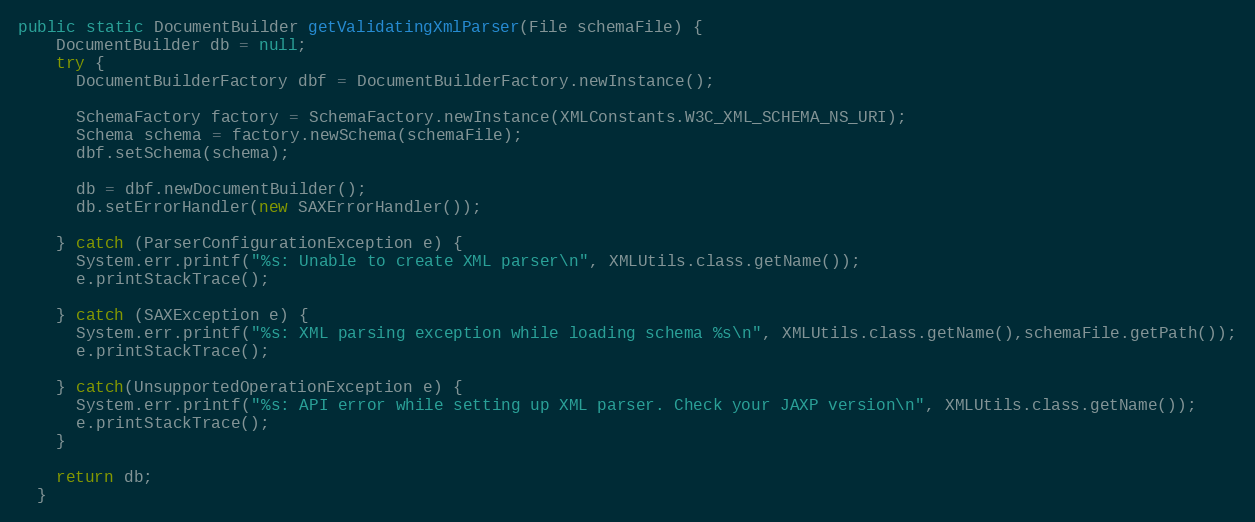
Language: Java
public static DocumentBuilder getValidatingXmlParser(File schemaFile) {
    DocumentBuilder db = null;
    try {
      DocumentBuilderFactory dbf = DocumentBuilderFactory.newInstance();

      SchemaFactory factory = SchemaFactory.newInstance(XMLConstants.W3C_XML_SCHEMA_NS_URI);
      Schema schema = factory.newSchema(schemaFile);
      dbf.setSchema(schema);

      db = dbf.newDocumentBuilder();
      db.setErrorHandler(new SAXErrorHandler());

    } catch (ParserConfigurationException e) {
      System.err.printf("%s: Unable to create XML parser\n", XMLUtils.class.getName());
      e.printStackTrace();

    } catch (SAXException e) {
      System.err.printf("%s: XML parsing exception while loading schema %s\n", XMLUtils.class.getName(),schemaFile.getPath());
      e.printStackTrace();

    } catch(UnsupportedOperationException e) {
      System.err.printf("%s: API error while setting up XML parser. Check your JAXP version\n", XMLUtils.class.getName());
      e.printStackTrace();
    }

    return db;
  }